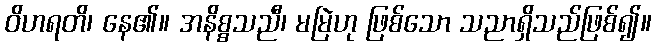
ဝိဟရတိ၊ နေ၏။ အနိစ္စသညီ၊ မမြဲဟု ဖြစ်သော သညာရှိသည်ဖြစ်၍။